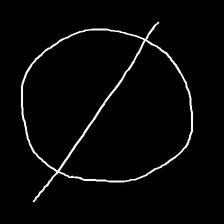
Glyph: orb